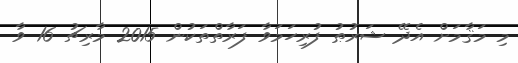
މި މަޤާމަށް އެދޭ ޝަރުޠު ފުރިހަމަވާ ފަރާތްތަކުން 2015 މާރިޗު 16 ވާ